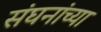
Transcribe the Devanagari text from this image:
संघनांच्या